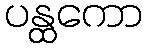
ပန္ထကော